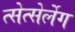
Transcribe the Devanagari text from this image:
त्सेत्सेर्लेग